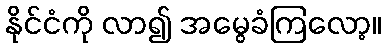
နိုင်ငံကို လာ၍ အမွေခံကြလော့။